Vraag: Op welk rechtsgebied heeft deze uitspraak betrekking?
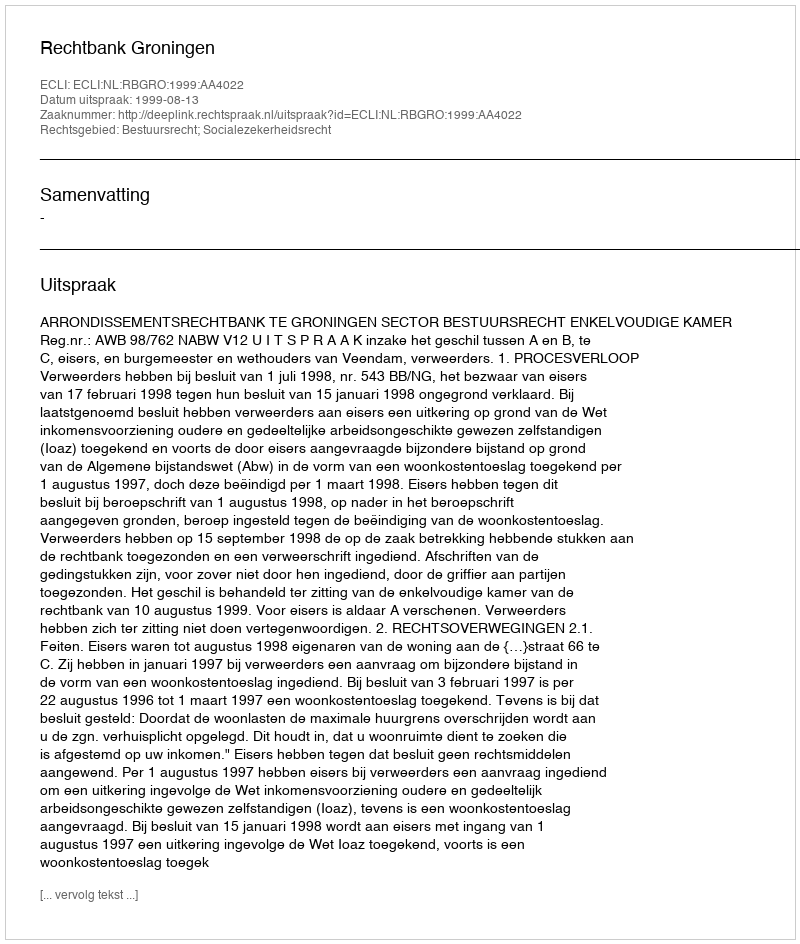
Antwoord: Bestuursrecht; Socialezekerheidsrecht